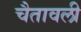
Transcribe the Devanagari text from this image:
चैतावली